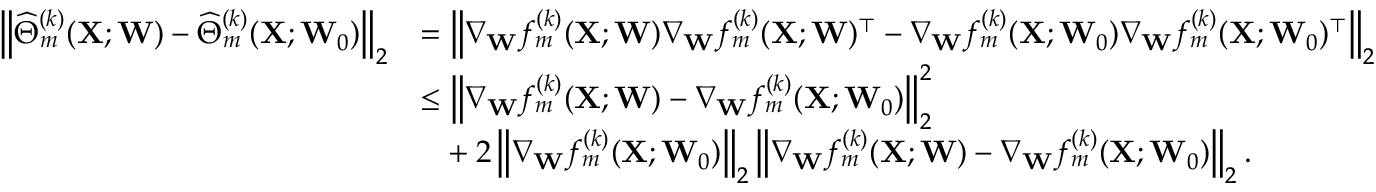
\begin{array} { r l } { \left\| \widehat \Theta _ { m } ^ { ( k ) } ( \mathbf { X } ; \mathbf { W } ) - \widehat \Theta _ { m } ^ { ( k ) } ( \mathbf { X } ; \mathbf { W } _ { 0 } ) \right\| _ { 2 } } & { = \left\| \nabla _ { \mathbf { W } } f _ { m } ^ { ( k ) } ( \mathbf { X } ; \mathbf { W } ) \nabla _ { \mathbf { W } } f _ { m } ^ { ( k ) } ( \mathbf { X } ; \mathbf { W } ) ^ { \top } - \nabla _ { \mathbf { W } } f _ { m } ^ { ( k ) } ( \mathbf { X } ; \mathbf { W } _ { 0 } ) \nabla _ { \mathbf { W } } f _ { m } ^ { ( k ) } ( \mathbf { X } ; \mathbf { W } _ { 0 } ) ^ { \top } \right\| _ { 2 } } \\ & { \leq \left\| \nabla _ { \mathbf { W } } f _ { m } ^ { ( k ) } ( \mathbf { X } ; \mathbf { W } ) - \nabla _ { \mathbf { W } } f _ { m } ^ { ( k ) } ( \mathbf { X } ; \mathbf { W } _ { 0 } ) \right\| _ { 2 } ^ { 2 } } \\ & { \phantom { \leq } + 2 \left\| \nabla _ { \mathbf { W } } f _ { m } ^ { ( k ) } ( \mathbf { X } ; \mathbf { W } _ { 0 } ) \right\| _ { 2 } \left\| \nabla _ { \mathbf { W } } f _ { m } ^ { ( k ) } ( \mathbf { X } ; \mathbf { W } ) - \nabla _ { \mathbf { W } } f _ { m } ^ { ( k ) } ( \mathbf { X } ; \mathbf { W } _ { 0 } ) \right\| _ { 2 } . } \end{array}